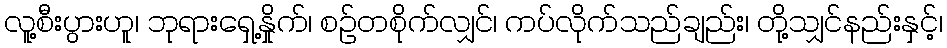
လူ့စီးပွားဟူ၊ ဘုရားရှေ့နှိုက်၊ စဉ်တစိုက်လျှင်၊ ကပ်လိုက်သည်ချည်း၊ တို့သျှင်နည်းနှင့်၊